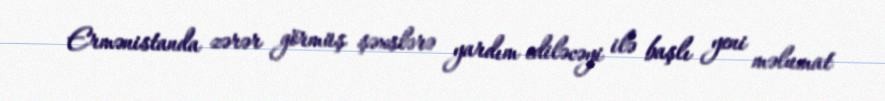
Ermənistanda zərər görmüş şəxslərə yardım ediləcəyi ilə başlı yeni məlumat